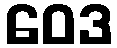
ဝေဒ